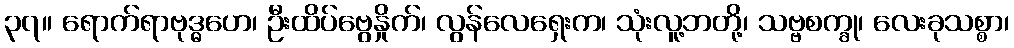
၃၇။ ရောက်ရာဗုဒ္ဓဟေ၊ ဦးထိပ်ဗွေနှိုက်၊ လွန်လေရှေးက၊ သုံးလူ့ဘတို့၊ သဗ္ဗစက္ခု၊ လေးခုသစ္စာ၊